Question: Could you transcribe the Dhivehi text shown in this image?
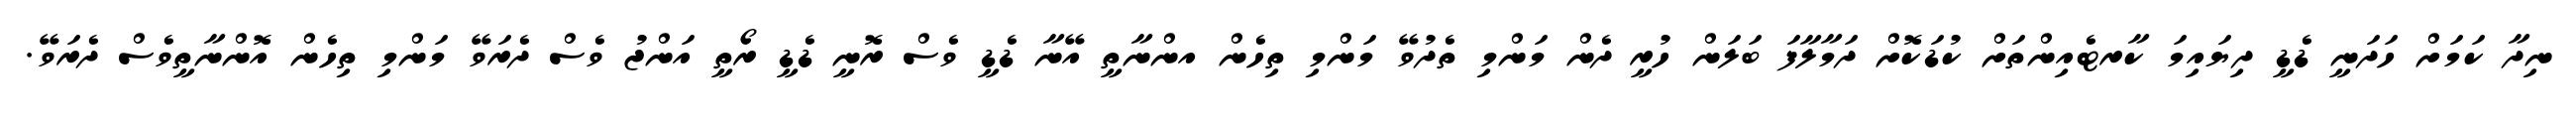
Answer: ނިދާ ކަމަށް ހަދަނީ ޑެޑީ ދިޔައިމަ ކާރޓެއިންތަށް ކުޑަކޮށް ދަމާލާފަ ބަލަން ހުރީ ދެން މަންމި ތެދުވޭ މަންމި ތިހެން އންނާތީ އޭނާ ޑެޑީ ވެސް ރޮނީ ޑެޑީ ރޯތީ އަންޖު ވެސް ދެރަވޭ މަންމި ތިހެން އޮންނާތީވެސް ދެރަވޭ.